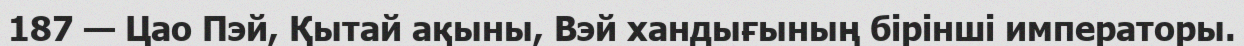
187 — Цао Пэй, Қытай ақыны, Вэй хандығының бірінші императоры.